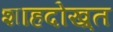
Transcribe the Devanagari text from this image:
शाहदोख़्त